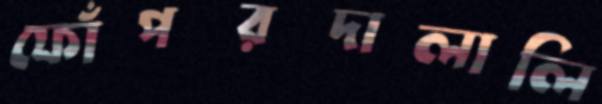
ফোঁপরদালালি